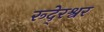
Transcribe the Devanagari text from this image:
रूदे्रश्वर